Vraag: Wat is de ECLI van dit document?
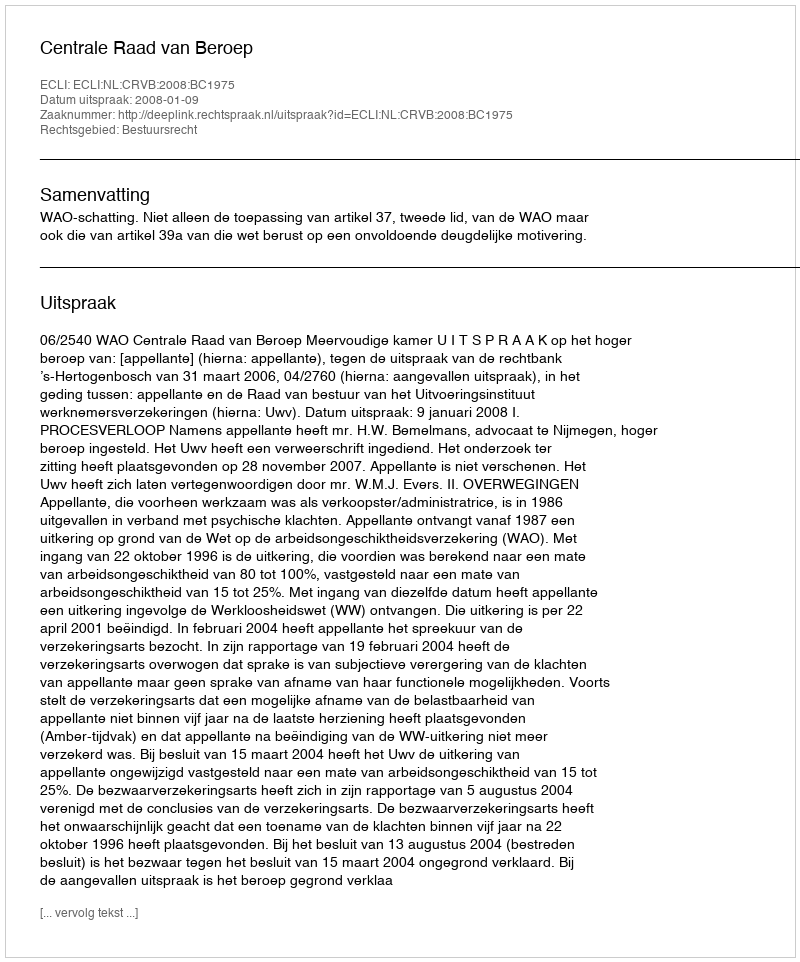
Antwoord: ECLI:NL:CRVB:2008:BC1975